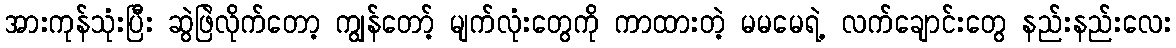
အားကုန်သုံးပြီး ဆွဲဖြဲလိုက်တော့ ကျွန်တော့် မျက်လုံးတွေကို ကာထားတဲ့ မမမေရဲ့ လက်ချောင်းတွေ နည်းနည်းလေး